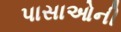
પાસાઓની